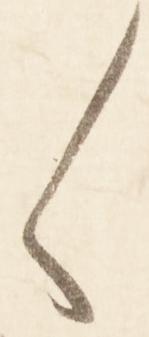
く